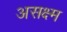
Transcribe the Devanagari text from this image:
असक्ष्म